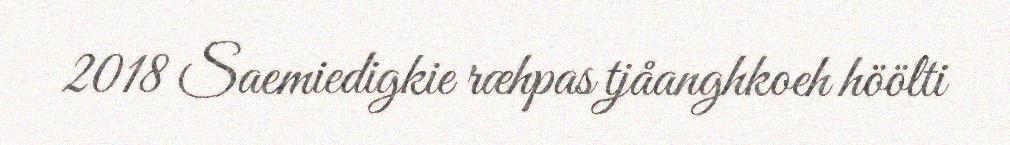
2018 Saemiedigkie ræhpas tjåanghkoeh höölti